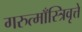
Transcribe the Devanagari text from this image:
गरुत्माँस्त्रिवृत्ते